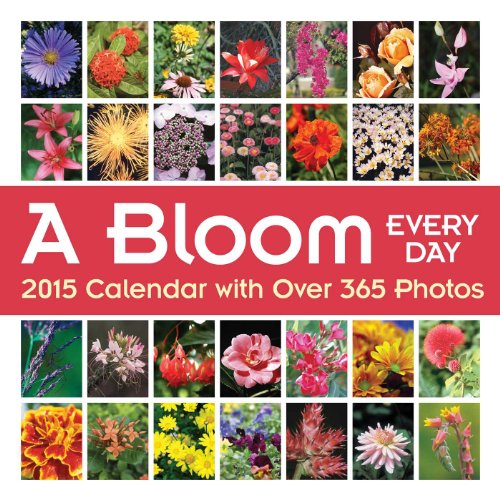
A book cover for A Bloom Every Day 2015 Wall Calendar: with Over 365 Photos; Andrews McMeel Publishing LLC; Calendars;